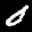
Label: 0